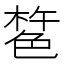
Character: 𰘎